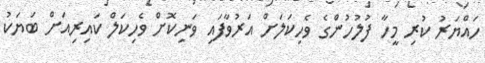
ހައްޔަރު ކުރި މީހާ ފުލުހުންގެ ވެހިކަލަށް އަރުވާފައި ވަނިކޮށް ވެހިކަލް ކައިރިއަށް ބަޔަކު